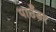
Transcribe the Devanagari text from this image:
पाउँडर